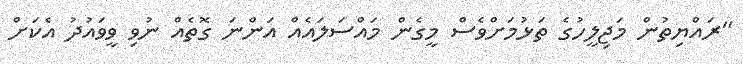
"ރައްޔިތުން މަޖިލީހުގެ ތަޅުމަށްވެސް މީގެން މައްސަލައެއް އަންނަ ގޮތެއް ނުވި ވީވައުދު އެކަށް